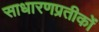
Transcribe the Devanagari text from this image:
साधारणप्रतीकों